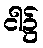
ငါ၌